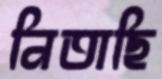
নিতাছি